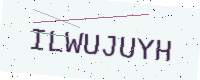
Text: ILWUJUYH